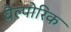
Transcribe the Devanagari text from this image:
वैल्पोरिक